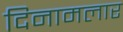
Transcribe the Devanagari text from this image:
दिनामलार